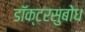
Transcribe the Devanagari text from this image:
डॉक्टरसुबोध